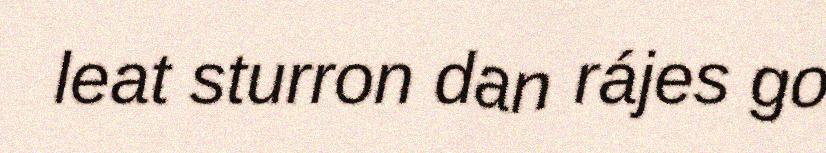
leat sturron dan rájes go